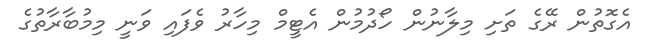
އެގޮތުން ރޭގެ ތަށި މިލާނުން ހޯދުމުން އެޓީމް މިހާރު ވެފައި ވަނީ މިމުބާރާތުގެ